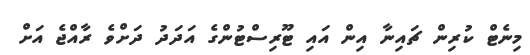
މިނެޓް ކުރިން ޗައިނާ އިން އައި ޓޫރިސްޓުންގެ އަދަދު ދަށްވެ ރާއްޖެ އަށް